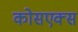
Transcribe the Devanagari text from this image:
कोसएक्स